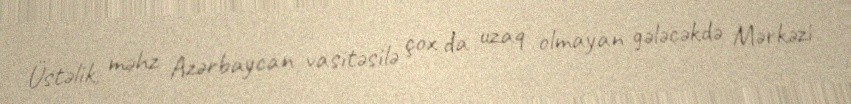
Üstəlik, məhz Azərbaycan vasitəsilə çox da uzaq olmayan gələcəkdə Mərkəzi